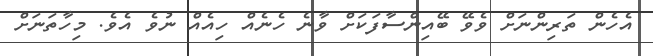
އެހެން ތަރިންނަށް ވެވޭ ބޭއިންސާފަކަށް ވާނެ ހެނެއް ހިއެއް ނުވެ އެވެ. މިހާތަނަށް